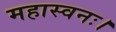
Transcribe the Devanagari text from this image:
महास्वनः।